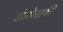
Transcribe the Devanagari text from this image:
टोलोनस्की